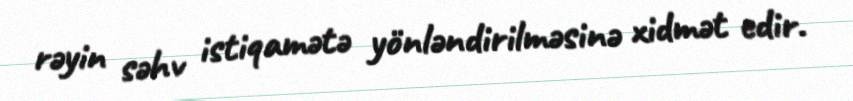
rəyin səhv istiqamətə yönləndirilməsinə xidmət edir.